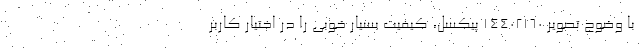
با وضوح تصویر 14402160 پیکسل، کیفیت بسیار خوبی را در اختیار کاربر